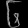
Digit: ၆